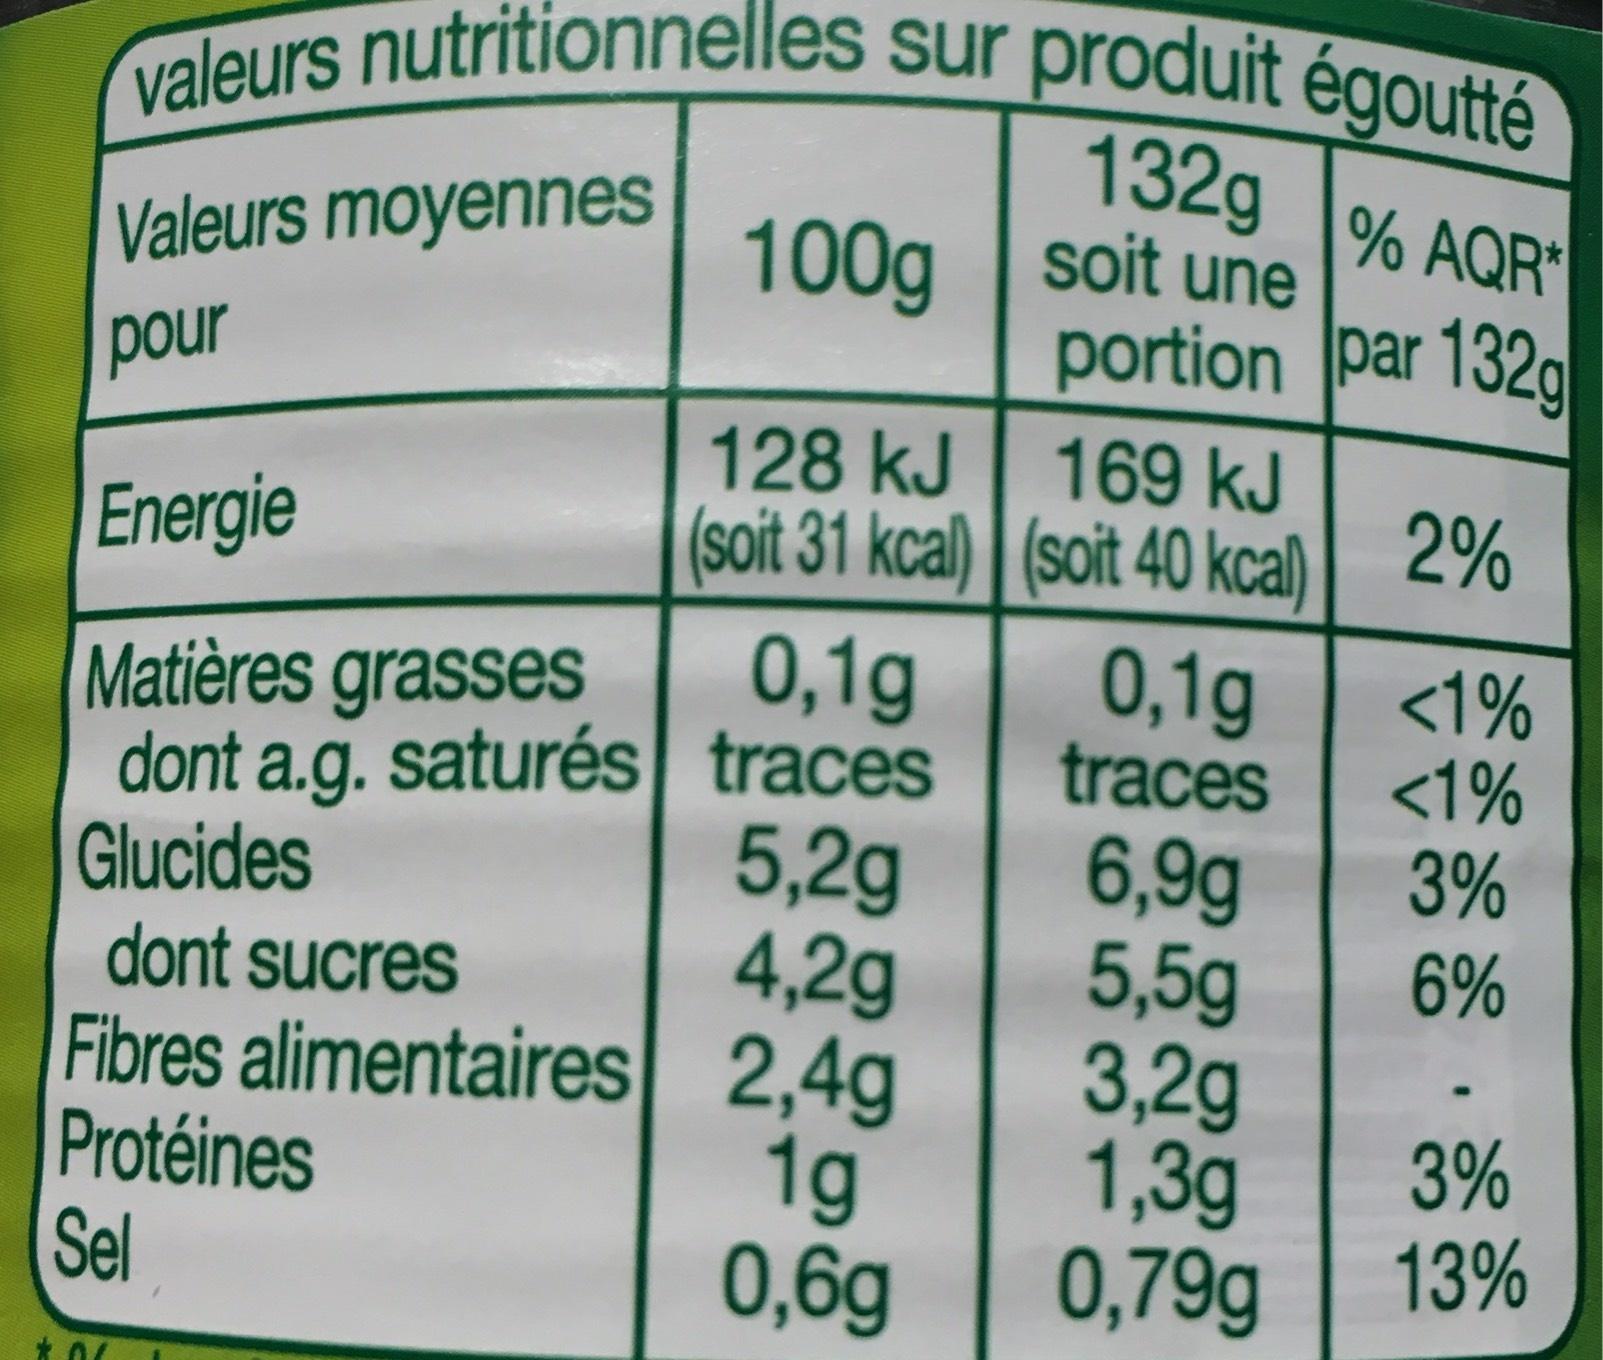
valeurs nutritionnelles sur produit égoutté
132g
% AQR*
soit une
portion par 132g
Valeurs moyennes
pour
Energie
Matières grasses dont a.g. saturés
Glucides
dont sucres Fibres alimentaires
Protéines Sel
100g
128 kJ
(soit 31 kcal)
0,1g
traces
5,2g
4,2g
2,4g
1g
0,6g
169 kJ
(soit 40 kcal)
0,1g
traces
6,9g
5,5g
3,2g
1,3g
0,79g
2%
<1%
<1%
3%
6%
3%
13%